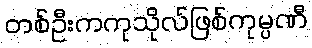
တစ်ဦးကကုသိုလ်ဖြစ်ကုမ္ပဏီ